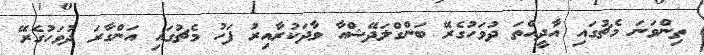
ތިންވަނަ މެޗުގައި އާދީއްތަ ދުވަހުގެރޭ ބަންގްލަދޭޝްއާ ވާދަކުރާއިރު ފަހު މެޗުގައި އަންގާރަ ދުވަހުގެރޭ